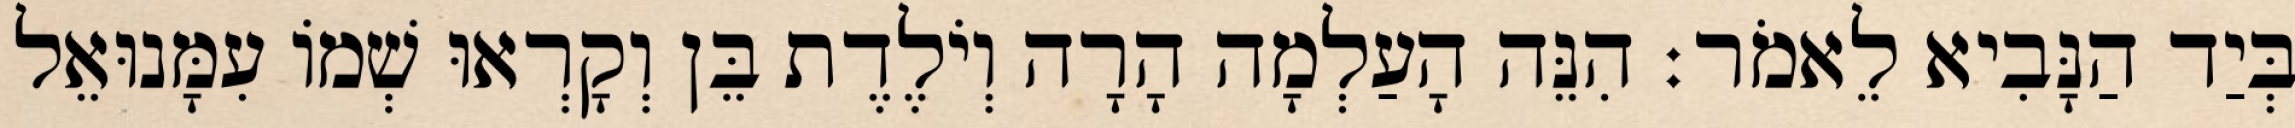
בְּיַד הַנָּבִיא לֵאמֹר׃ הִנֵּה הָעַלְמָה הָרָה וְיֹלֶדֶת בֵּן וְקָרְאוּ שְׁמוֹ עִמָּנוּאֵל